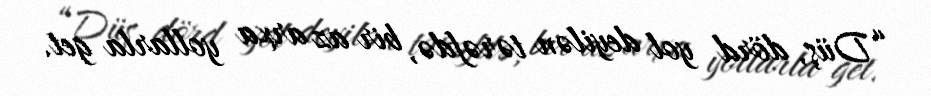
“Düş, dörd yol deyilən tərəfdə, bir az arxa yollarla get.